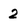
Character: 2